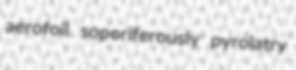
aerofoil soporiferously pyrolatry